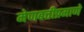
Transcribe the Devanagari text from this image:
मेणबत्तीप्रमाणे